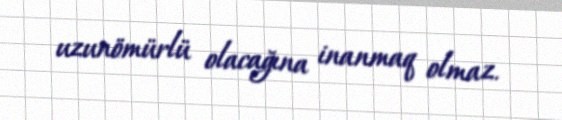
uzunömürlü olacağına inanmaq olmaz.